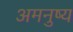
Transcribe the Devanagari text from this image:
अमनुष्य